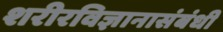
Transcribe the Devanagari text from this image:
शरीरविज्ञानासंबंधी